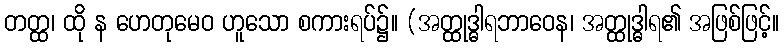
တတ္ထ၊ ထို န ဟေတုမေဝ ဟူသော စကားရပ်၌။ (အတ္ထုဒ္ဓါရဘာဝေန၊ အတ္ထုဒ္ဓါရ၏ အဖြစ်ဖြင့်။